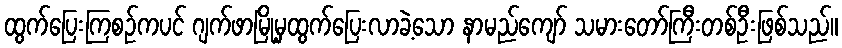
ထွက်ပြေးကြစဉ်ကပင် ဂျက်ဖာမြို့မှထွက်ပြေးလာခဲ့သော နာမည်ကျော် သမားတော်ကြီးတစ်ဦးဖြစ်သည်။